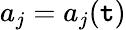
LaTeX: a_{j}=a_{j}(\mathtt{t})